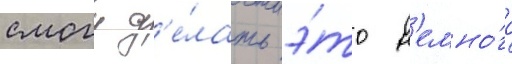
смогу д'е́лать э́то н'емно́го